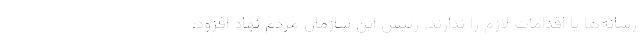
رسانه‌ها یا اقدامات لازم را ندارند. رئیس این سازمان مردم نهاد افزود: